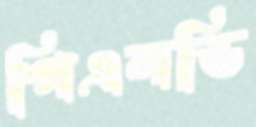
পিএলডি